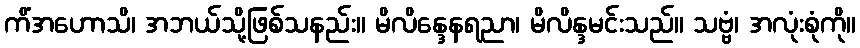
ကိံအဟောသိ၊ အဘယ်သို့ဖြစ်သနည်း။ မိလိန္ဒေနရညာ၊ မိလိန္ဒမင်းသည်။ သဗ္ဗံ၊ အလုံးစုံကို။